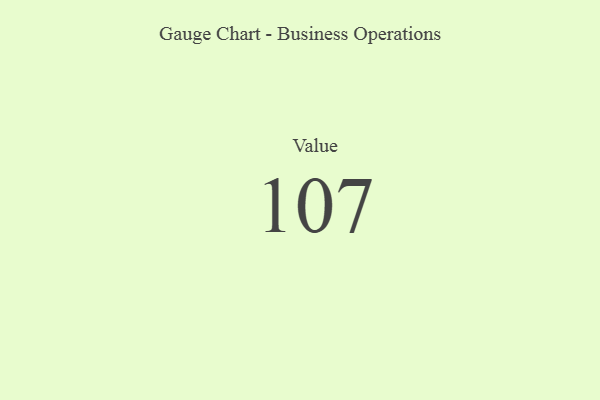
{"axis": {"x": "Metric", "y": "Value"}, "legend": [""], "data": [{"x": "Value", "y": 107, "type": ""}]}